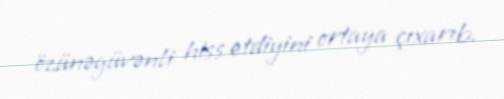
özünəgüvənli hiss etdiyini ortaya çıxarıb.